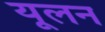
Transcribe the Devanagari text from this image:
यूलन